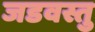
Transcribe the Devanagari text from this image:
जडवस्तु